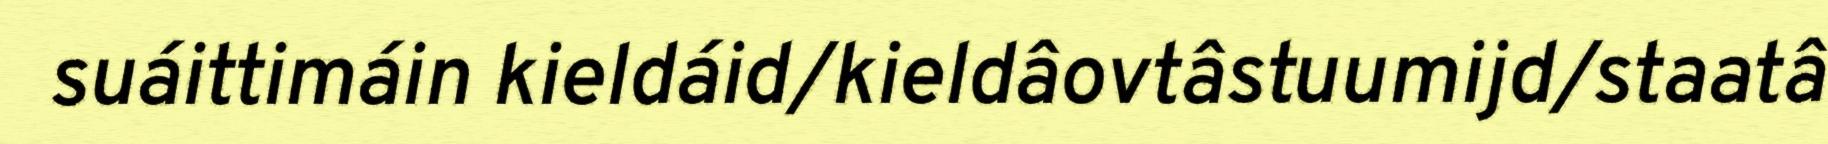
suáittimáin kieldáid/kieldâovtâstuumijd/staatâ